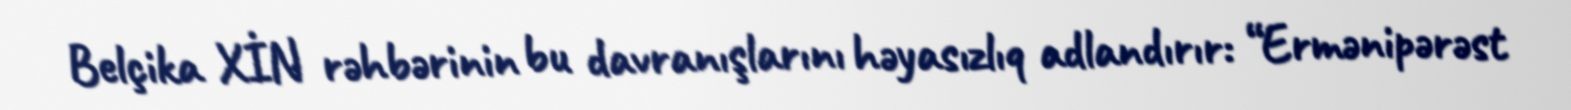
Belçika XİN rəhbərinin bu davranışlarını həyasızlıq adlandırır: “Ermənipərəst